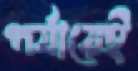
পর্যায়েই